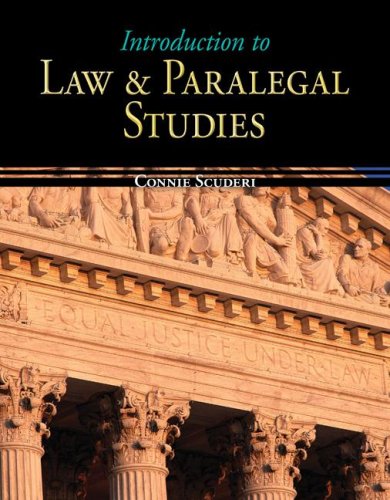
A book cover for Introduction to Law & Paralegal Studies; Connie Scuderi; Children's Books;